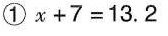
①$$x + 7 = 1 3 . 2$$